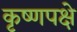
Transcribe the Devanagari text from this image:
कृष्णपक्षे